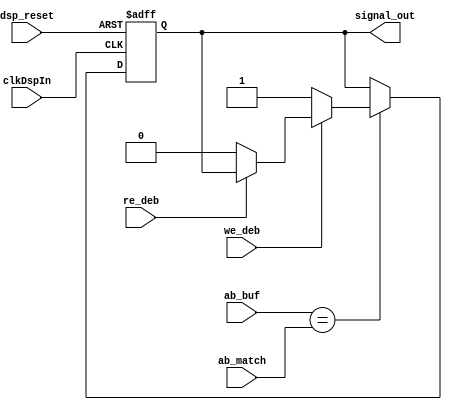
`timescale 1ns / 1ps
//////////////////////////////////////////////////////////////////////////////////
// 
// Design Name: 
// Module Name:    Set_Reset_FlipFlop 
//
//////////////////////////////////////////////////////////////////////////////////
module Set_Reset_FlipFlop(
    input clkDspIn,	// IO_XCLK_A1A
	 input dsp_reset,	//~IO_DSP_RESET
	 input we_deb,	
	 input re_deb,	
    input [10:0] ab_buf, // actually [18:8] of external bus from DSP
    input [10:0] ab_match, // address value to match
    output signal_out
    );

reg signal_out_reg;
assign signal_out = signal_out_reg;
always @ (posedge clkDspIn or negedge dsp_reset)
begin
	if (~dsp_reset) begin
		signal_out_reg <= 1'b0;
	end else begin
	   if (ab_buf == ab_match) begin
			if (~we_deb) begin
				signal_out_reg <= 1'b1;
			end else if (~re_deb) begin
				signal_out_reg <= 1'b0;
			end
		end else begin
			signal_out_reg <= signal_out_reg;
		end
	end
end

endmodule